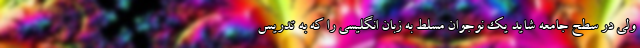
ولی در سطح جامعه شاید یک نوجوان مسلط به زبان انگلیسی را که به تدریس